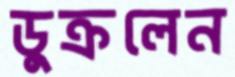
ডুক্‌রলেন